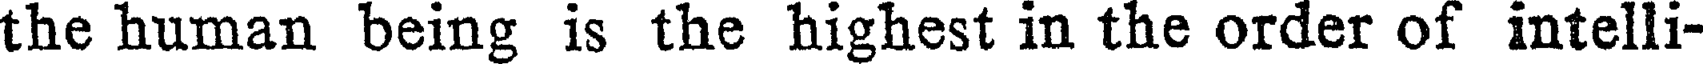
the human being is the highest in the order of intelli-